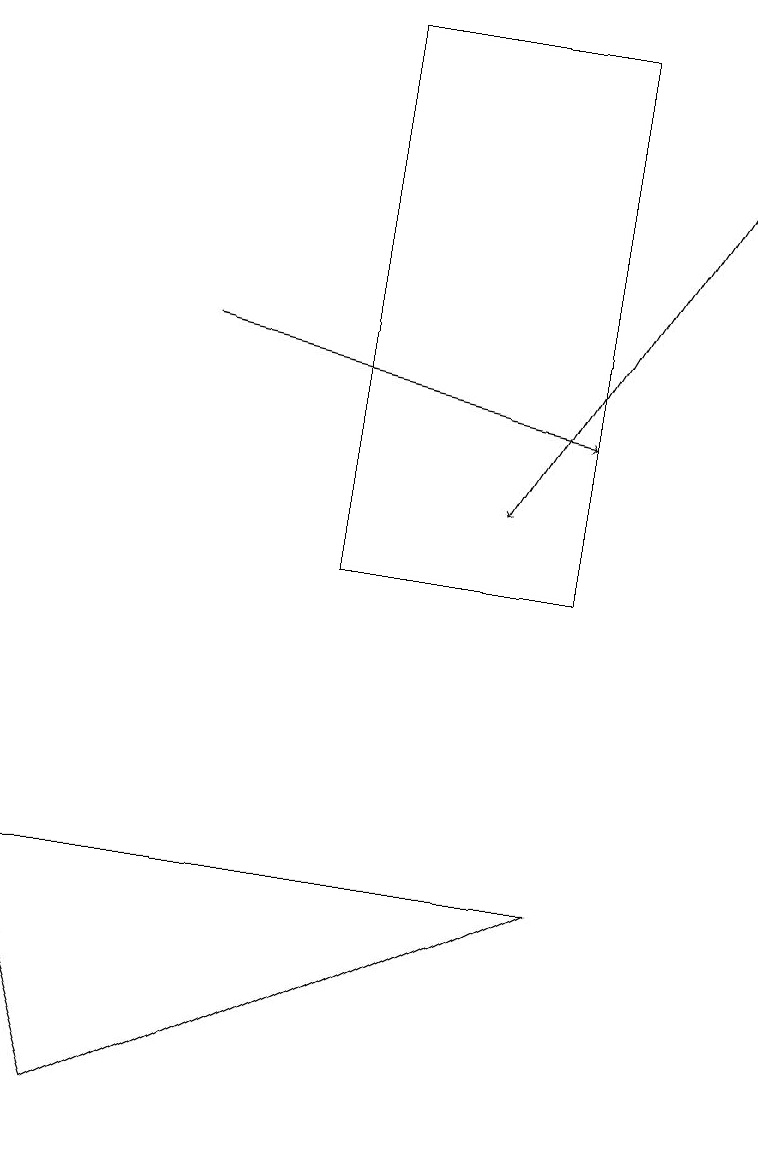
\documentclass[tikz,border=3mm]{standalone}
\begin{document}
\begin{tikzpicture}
\draw (4,17) rectangle (7,10);
\draw[->] (2,13) -- (7,12);
\draw[->] (9,16) -- (6,11);
\draw (1,3) -- (7,6) -- (0,6) -- cycle;
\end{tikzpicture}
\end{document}